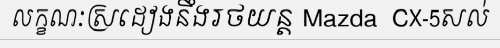
លក្ខណៈស្រដៀងនឹងរថយន្ត Mazda  CX-5សល់